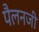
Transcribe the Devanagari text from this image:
पैलनजी